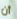
أن